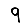
Digit: 9